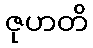
ဇုဟတိ